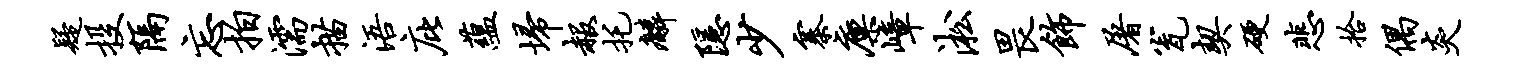
疑投隔忘拍濡描浯庇蕴埽赧托麟隐少寨廪嶂淞畏饰屠瓮契硬悲拾偶炎